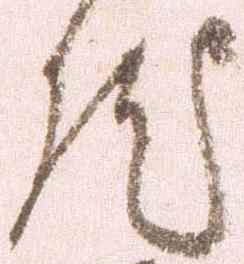
然